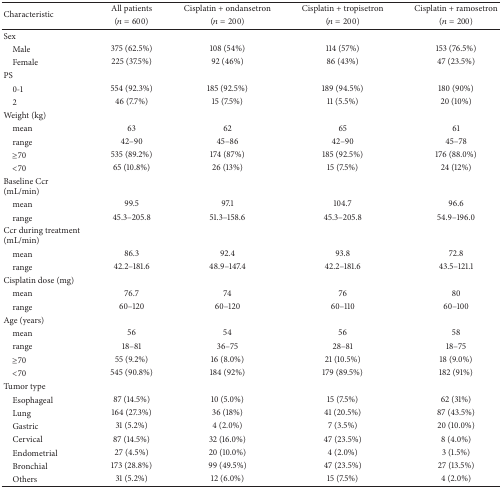
<table><thead><tr><td rowspan="2"><b>Characteristic</b></td><td><b>All patients</b></td><td><b>Cisplatin + ondansetron</b></td><td><b>Cisplatin + tropisetron</b></td><td><b>Cisplatin + ramosetron</b></td></tr><tr><td><b>(<i>n</i> = 600)</b></td><td><b>(<i>n</i> = 200)</b></td><td><b>(<i>n</i> = 200)</b></td><td><b>(<i>n</i> = 200)</b></td></tr></thead><tbody><tr><td>Sex</td><td> </td><td> </td><td> </td><td> </td></tr><tr><td> Male</td><td>375 (62.5%)</td><td>108 (54%)</td><td>114 (57%)</td><td>153 (76.5%)</td></tr><tr><td> Female</td><td>225 (37.5%)</td><td>92 (46%)</td><td>86 (43%)</td><td>47 (23.5%)</td></tr><tr><td>PS</td><td> </td><td> </td><td> </td><td> </td></tr><tr><td> 0-1</td><td>554 (92.3%)</td><td>185 (92.5%)</td><td>189 (94.5%)</td><td>180 (90%)</td></tr><tr><td> 2</td><td>46 (7.7%)</td><td>15 (7.5%)</td><td>11 (5.5%)</td><td>20 (10%)</td></tr><tr><td>Weight (kg)</td><td> </td><td> </td><td> </td><td> </td></tr><tr><td> mean</td><td>63</td><td>62</td><td>65</td><td>61</td></tr><tr><td> range</td><td>42–90</td><td>45–86</td><td>42–90</td><td>45–78</td></tr><tr><td> ≥70</td><td>535 (89.2%)</td><td>174 (87%)</td><td>185 (92.5%)</td><td>176 (88.0%)</td></tr><tr><td> &lt;70</td><td>65 (10.8%)</td><td>26 (13%)</td><td>15 (7.5%)</td><td>24 (12%)</td></tr><tr><td>Baseline Ccr(mL/min)</td><td> </td><td> </td><td> </td><td> </td></tr><tr><td> mean</td><td>99.5</td><td>97.1</td><td>104.7</td><td>96.6</td></tr><tr><td> range</td><td>45.3–205.8</td><td>51.3–158.6</td><td>45.3–205.8</td><td>54.9–196.0</td></tr><tr><td>Ccr during treatment(mL/min)</td><td> </td><td> </td><td> </td><td> </td></tr><tr><td> mean</td><td>86.3</td><td>92.4</td><td>93.8</td><td>72.8</td></tr><tr><td> range</td><td>42.2–181.6</td><td>48.9–147.4</td><td>42.2–181.6</td><td>43.5–121.1</td></tr><tr><td>Cisplatin dose (mg)</td><td> </td><td> </td><td> </td><td> </td></tr><tr><td> mean</td><td>76.7</td><td>74</td><td>76</td><td>80</td></tr><tr><td> range</td><td>60–120</td><td>60–120</td><td>60–110</td><td>60–100</td></tr><tr><td>Age (years)</td><td> </td><td> </td><td> </td><td> </td></tr><tr><td> mean</td><td>56</td><td>54</td><td>56</td><td>58</td></tr><tr><td> range</td><td>18–81</td><td>36–75</td><td>28–81</td><td>18–75</td></tr><tr><td> ≥70</td><td>55 (9.2%)</td><td>16 (8.0%)</td><td>21 (10.5%)</td><td>18 (9.0%)</td></tr><tr><td> &lt;70</td><td>545 (90.8%)</td><td>184 (92%)</td><td>179 (89.5%)</td><td>182 (91%)</td></tr><tr><td>Tumor type</td><td> </td><td> </td><td> </td><td> </td></tr><tr><td> Esophageal</td><td>87 (14.5%)</td><td>10 (5.0%)</td><td>15 (7.5%)</td><td>62 (31%)</td></tr><tr><td> Lung</td><td>164 (27.3%)</td><td>36 (18%)</td><td>41 (20.5%)</td><td>87 (43.5%)</td></tr><tr><td> Gastric</td><td>31 (5.2%)</td><td>4 (2.0%)</td><td>7 (3.5%)</td><td>20 (10.0%)</td></tr><tr><td> Cervical</td><td>87 (14.5%)</td><td>32 (16.0%)</td><td>47 (23.5%)</td><td>8 (4.0%)</td></tr><tr><td> Endometrial</td><td>27 (4.5%)</td><td>20 (10.0%)</td><td>4 (2.0%)</td><td>3 (1.5%)</td></tr><tr><td> Bronchial</td><td>173 (28.8%)</td><td>99 (49.5%)</td><td>47 (23.5%)</td><td>27 (13.5%)</td></tr><tr><td> Others</td><td>31 (5.2%)</td><td>12 (6.0%)</td><td>15 (7.5%)</td><td>4 (2.0%)</td></tr></tbody></table>